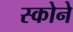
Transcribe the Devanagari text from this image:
स्कोने